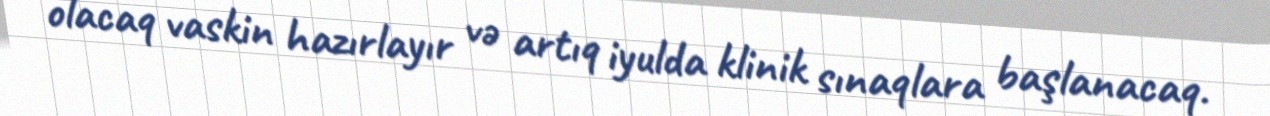
olacaq vaskin hazırlayır və artıq iyulda klinik sınaqlara başlanacaq.